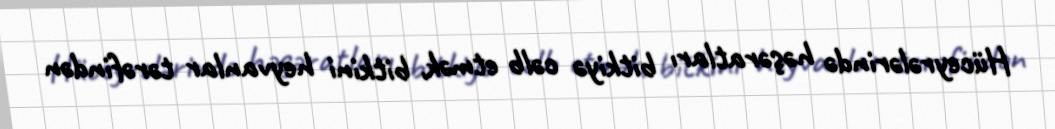
Hüceyrələrində həşəratları bitkiyə cəlb etmək, bitkini heyvanlar tərəfindən